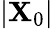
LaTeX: \vert\mathbf{X}_{0}\vert